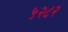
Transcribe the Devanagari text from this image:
५२८२